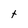
Character: t